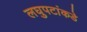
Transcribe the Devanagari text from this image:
लघुपटांकडे